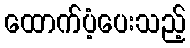
ထောက်ပံ့ပေးသည့်